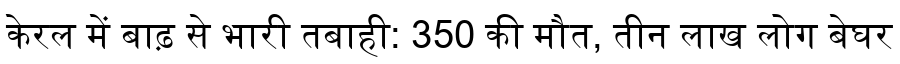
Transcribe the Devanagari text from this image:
केरल में बाढ़ से भारी तबाही: 350 की मौत, तीन लाख लोग बेघर